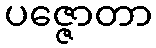
ပဇ္ဇောတာ